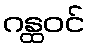
ဂန္ထဝင်